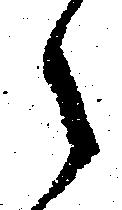
々